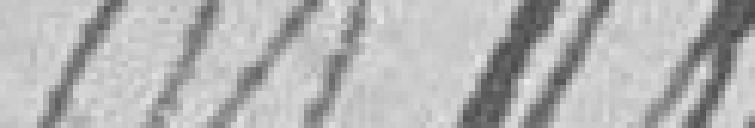
Monnin